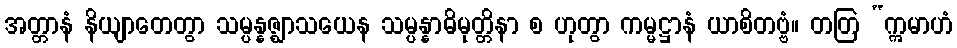
အတ္တာနံ နိယျာတေတွာ သမ္ပန္နဇ္ဈာသယေန သမ္ပန္နာဓိမုတ္တိနာ စ ဟုတွာ ကမ္မဋ္ဌာနံ ယာစိတဗ္ဗံ။ တတြ “ဣမာဟံ